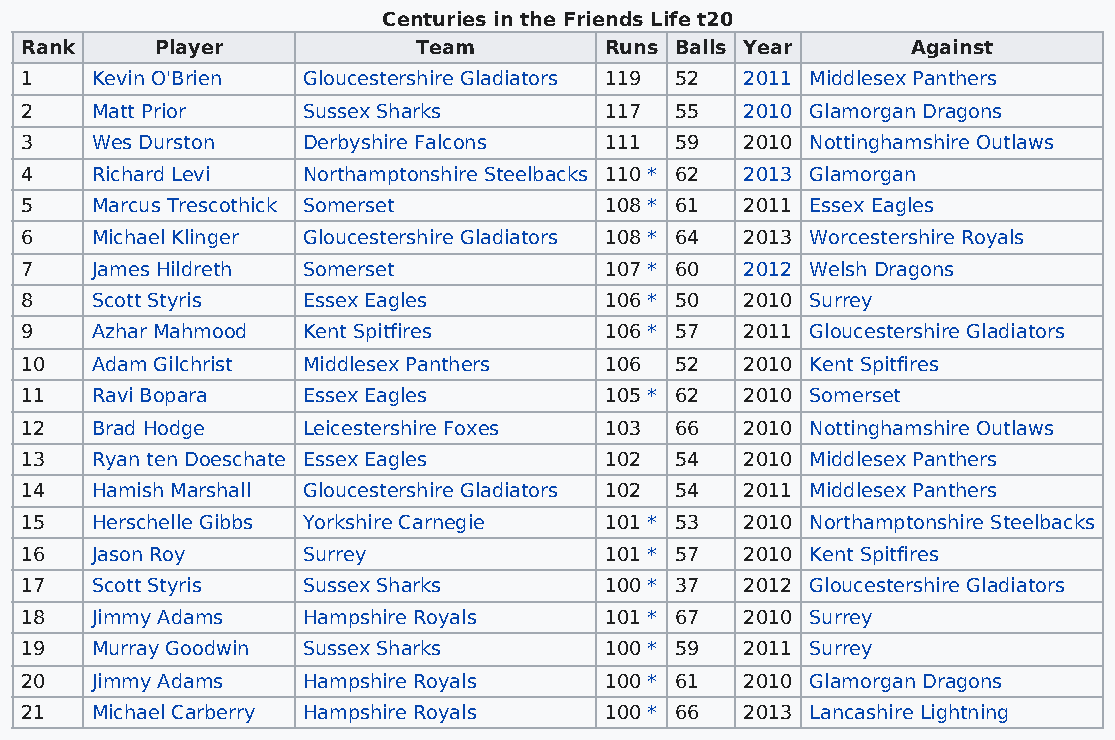
Centuries in the Friends Life t20
 Rank     Player            Team        Runs Balls Year     Against
 1    Kevin O'Brien Gloucestershire Gladiators 119 52 2011 Middlesex Panthers
 2    Matt Prior    Sussex Sharks       117  55  2010 Glamorgan Dragons
 3    Wes Durston   Derbyshire Falcons  111  59  2010 Nottinghamshire Outlaws
 4    Richard Levi  Northamptonshire Steelbacks 110 * 62 2013 Glamorgan
 5    Marcus Trescothick Somerset       108 * 61 2011 Essex Eagles
 6    Michael Klinger Gloucestershire Gladiators 108 * 64 2013 Worcestershire Royals
 7    James Hildreth Somerset           107 * 60 2012 Welsh Dragons
 8    Scott Styris  Essex Eagles        106 * 50 2010 Surrey
 9    Azhar Mahmood Kent Spitfires      106 * 57 2011 Gloucestershire Gladiators
 10   Adam Gilchrist Middlesex Panthers 106  52  2010 Kent Spitfires
 11   Ravi Bopara   Essex Eagles        105 * 62 2010 Somerset
 12   Brad Hodge    Leicestershire Foxes 103 66  2010 Nottinghamshire Outlaws
 13   Ryan ten Doeschate Essex Eagles   102  54  2010 Middlesex Panthers
 14   Hamish Marshall Gloucestershire Gladiators 102 54 2011 Middlesex Panthers
 15   Herschelle Gibbs Yorkshire Carnegie 101 * 53 2010 Northamptonshire Steelbacks
 16   Jason Roy     Surrey              101 * 57 2010 Kent Spitfires
 17   Scott Styris  Sussex Sharks       100 * 37 2012 Gloucestershire Gladiators
 18   Jimmy Adams   Hampshire Royals    101 * 67 2010 Surrey
 19   Murray Goodwin Sussex Sharks      100 * 59 2011 Surrey
 20   Jimmy Adams   Hampshire Royals    100 * 61 2010 Glamorgan Dragons
 21   Michael Carberry Hampshire Royals 100 * 66 2013 Lancashire Lightning